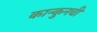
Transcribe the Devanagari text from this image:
कान्कुनची